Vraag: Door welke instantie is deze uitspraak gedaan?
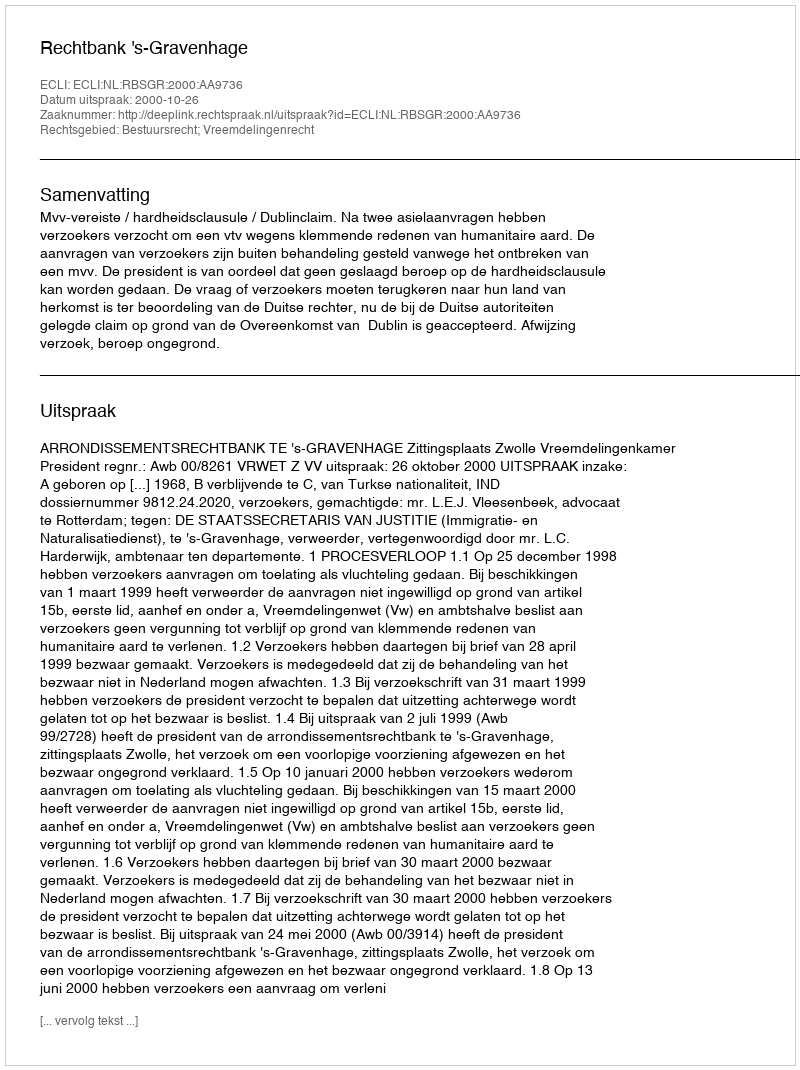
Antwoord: Rechtbank 's-Gravenhage